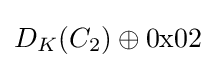
D_{K}(C_{2})\oplus \mathrm {0x02}